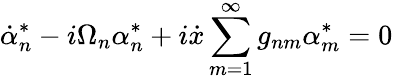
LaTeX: \dot{\alpha}_{n}^{*}-i\Omega_{n}\alpha_{n}^{*}+i\dot{x}\sum_{m=1}^{\infty}g_{nm}\alpha_{m}^{*}=0